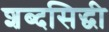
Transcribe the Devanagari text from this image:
शब्दसिद्धी